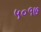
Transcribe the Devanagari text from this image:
५०१७